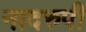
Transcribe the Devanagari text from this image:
नादरुपी